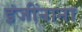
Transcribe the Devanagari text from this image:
इंजींनाना